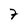
Character: 7